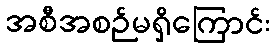
အစီအစဉ်မရှိကြောင်း